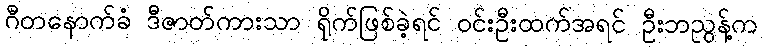
ဂီတနောက်ခံ ဒီဇာတ်ကားသာ ရိုက်ဖြစ်ခဲ့ရင် ဝင်းဦးထက်အရင် ဦးဘညွန့်က